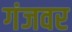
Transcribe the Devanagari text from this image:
गंजवर